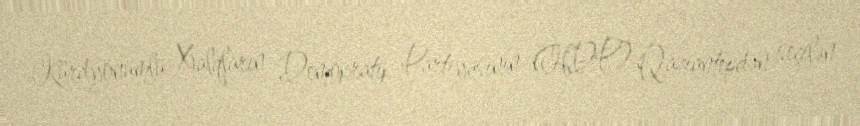
Kürdyönümlü Xalqların Demokratik Partiyasının (HDP) Qaziantepdən seçilən